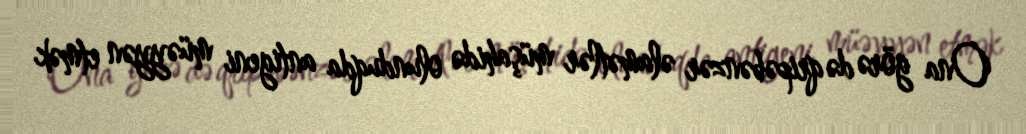
Ona görə də qripəbənzər əlamətlər müşahidə olunduqda antigeni müəyyən etmək